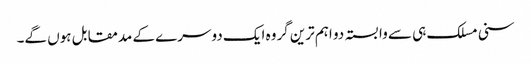
سنی مسلک ہی سے وابستہ دو اہم ترین گروہ ایک دوسرے کے مدمقابل ہوں گے۔